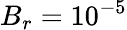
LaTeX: B_{r}=10^{-5}